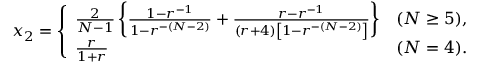
x _ { 2 } = \left\{ \begin{array} { l l } { \frac { 2 } { N - 1 } \left\{ \frac { 1 - r ^ { - 1 } } { 1 - r ^ { - ( N - 2 ) } } + \frac { r - r ^ { - 1 } } { ( r + 4 ) \left[ 1 - r ^ { - ( N - 2 ) } \right] } \right\} } & { ( N \geq 5 ) , } \\ { \frac { r } { 1 + r } } & { ( N = 4 ) . } \end{array} \right.